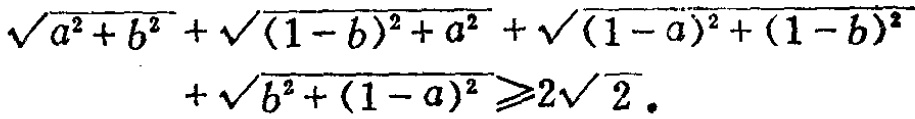
\(\sqrt{a^{2}+b^{2}}+\sqrt{(1 - b)^{2}+a^{2}}+\sqrt{(1 - a)^{2}+(1 - b)^{2}}+\sqrt{b^{2}+(1 - a)^{2}}\geqslant2\sqrt{2}\)